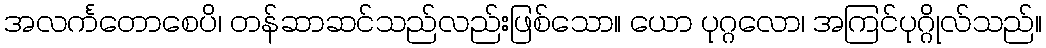
အလင်္ကတောစေပိ၊ တန်ဆာဆင်သည်လည်းဖြစ်သော။ ယော ပုဂ္ဂလော၊ အကြင်ပုဂ္ဂိုလ်သည်။